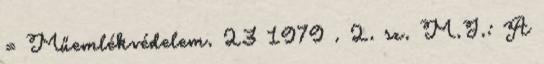
= Műemlékvédelem. 23 1979 . 2. sz. M.J.: A